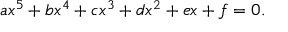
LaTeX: a x ^ { 5 } + b x ^ { 4 } + c x ^ { 3 } + d x ^ { 2 } + e x + f = 0 .